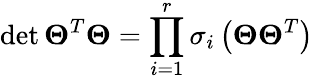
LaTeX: \operatorname*{det}\boldsymbol{\Theta}^{T}\boldsymbol{\Theta}=\prod_{i=1}^{r}\sigma_{i}\left(\boldsymbol{\Theta}\boldsymbol{\Theta}^{T}\right)